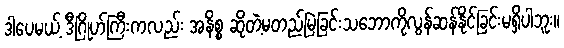
ဒါပေမယ့် ဒီဂြိုဟ်ကြီးကလည်း အနိစ္စ ဆိုတဲ့မတည်မြဲခြင်းသဘောကိုလွန်ဆန်နိုင်ခြင်းမရှိပါဘူး။